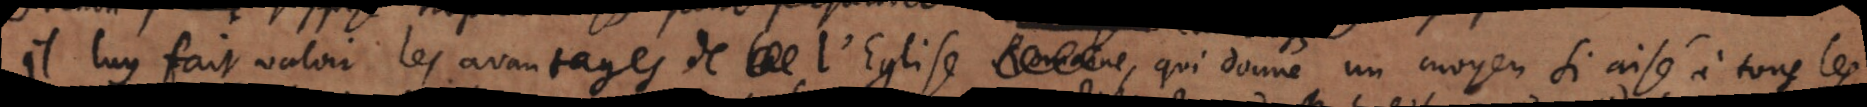
Il luy fait valoir les avantages de l’Eglise romaine qui donne un moyen si aisé à tous les